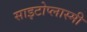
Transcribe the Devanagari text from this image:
साइटोप्लास्मी